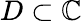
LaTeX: D\subset\mathbb{C}